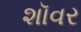
શૉવર